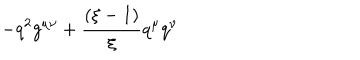
- q ^ { 2 } g ^ { \mu \nu } + \frac { ( \xi - 1 ) } { \xi } q ^ { \mu } q ^ { \nu }